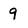
Character: 9